Annual report of lunatic asylums [Bombay] - 1912-1922
Year: 1912
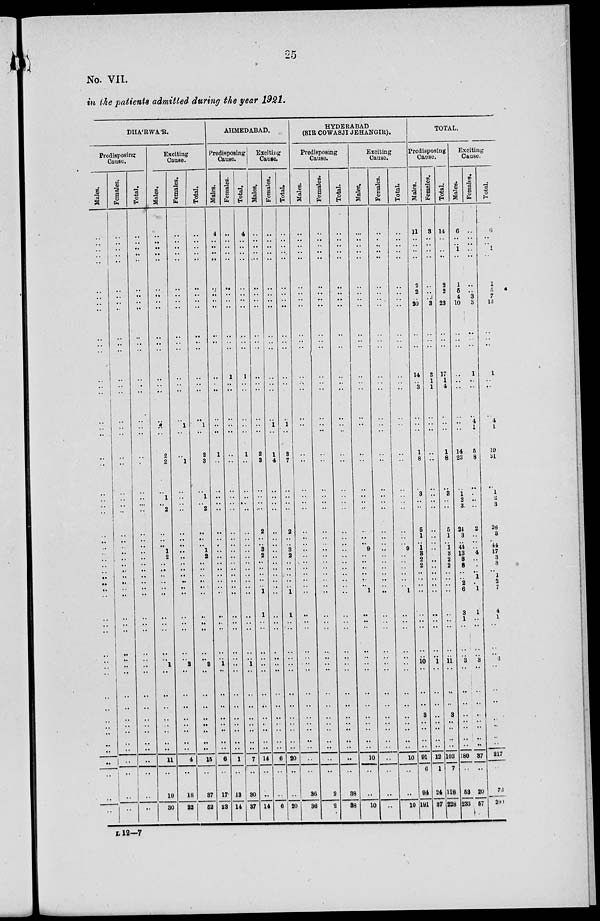
25
No. VII.
in the patients admitted during the year 1921.
DHÁRWÁR.
Predisposing
Cause.
Males.
..
..
..
..
..
..
..
..
..
..
..
..
..
..
..
..
..
..
..
..
..
..
..
..
..
..
..
..
..
..
..
.. ..
..
..
..
..
..
.. ..
..
..
..
..
..
..
..
..
..
..
..
..
Females.
..
..
..
..
..
..
..
..
..
..
..
..
..
..
..
..
..
..
..
..
..
..
..
..
..
..
..
..
..
..
..
..
..
..
..
..
..
..
.. ..
..
..
..
..
..
..
..
..
..
..
..
..
Total.
..
..
..
..
..
..
..
..
..
..
..
..
..
..
..
..
..
..
..
..
..
..
..
..
..
..
..
..
..
..
..
.. ..
..
..
..
..
..
.. ..
..
..
..
..
..
..
..
..
..
..
..
..
Exciting
Cause.
Males.
..
..
..
..
..
..
..
..
..
..
..
..
..
..
..
..
..
2
2
..
1
..
2
..
..
..
1
2
..
..
..
.. ..
..
..
..
..
..
..
1
..
..
..
..
..
..
..
..
11
..
19
30
Females.
..
..
..
..
..
..
..
..
..
..
..
..
..
..
..
1
..
..
1
..
..
..
..
..
..
..
..
..
..
..
..
..
..
..
..
..
..
..
..
2
..
..
..
..
..
..
..
..
4
..
18
22
Total.
..
..
..
..
..
..
..
..
..
..
..
..
..
..
..
1
..
2
3
..
1
..
2
..
..
.. 1
2
..
..
..
..
..
..
..
..
..
..
..
3
..
..
..
..
..
..
..
..
15
..
37
52
AHMEDABAD.
Predisposing
Cause.
Males.
4
..
..
..
..
..
..
..
..
..
..
..
..
..
..
..
..
1
..
..
..
..
..
..
..
..
..
..
..
..
..
..
..
..
..
..
..
..
.. 1
..
..
..
..
..
..
..
..
6
..
17
23
Females.
..
..
..
..
..
..
..
..
..
..
..
..
1
..
..
..
..
..
..
..
..
..
..
..
..
..
..
..
..
..
..
..
..
..
..
..
..
..
.. ..
..
..
..
..
..
..
..
..
1
..
13
14
Total.
4
..
..
..
..
..
..
..
..
..
..
..
1
..
..
..
..
1
..
..
..
..
..
..
..
..
..
..
..
..
..
..
..
..
..
..
..
..
.. 1
..
..
..
..
..
..
..
..
7
..
30
37
Exciting
Cause.
Males.
..
..
..
..
..
..
..
..
..
..
..
..
..
..
..
..
..
2
3
..
..
..
..
2
..
.. 3
2
..
..
..
..
..
1
1
..
..
..
..
..
..
..
..
..
..
..
..
..
14
..
..
14
Females.
..
..
..
..
..
..
..
..
..
..
..
..
..
..
..
1
..
1
4
..
..
..
..
..
..
..
..
..
..
..
..
..
..
..
..
..
..
..
..
..
..
..
..
..
..
..
..
..
6
..
..
6
Total.
..
..
..
..
..
..
..
..
..
..
..
..
..
..
..
1
..
3
7
..
..
..
..
2
..
.. 3
2
..
..
..
..
..
1
1
..
..
..
..
..
..
..
..
..
..
..
..
..
20
..
..
20
HYDERABAD
(SIR COWASJI JEHANGIR).
Predisposing
Cause.
Males.
..
..
..
..
..
..
..
..
..
..
..
..
..
..
..
..
..
..
..
..
..
..
..
..
..
.. ..
..
..
..
..
..
..
..
..
..
..
..
.. ..
..
..
..
..
..
..
..
..
..
..
36
36
Females.
..
..
..
..
..
..
..
..
..
..
..
..
..
..
..
..
..
..
..
..
..
..
..
..
..
..
..
..
..
..
..
.. ..
..
..
..
..
..
.. ..
..
..
..
..
..
..
..
..
..
..
2
2
Total.
..
..
..
..
..
..
..
..
..
..
..
..
..
..
..
..
..
..
..
..
..
..
..
..
..
..
..
..
..
..
..
..
..
..
..
..
..
..
.. ..
..
..
..
..
..
..
..
..
..
..
38
38
Exciting
Cause.
Males.
...
..
..
..
..
..
..
..
..
..
..
..
..
..
..
..
..
..
..
..
..
..
..
..
..
..
9
..
..
..
..
..
..
1
..
..
..
..
.. ..
..
..
..
..
..
..
..
..
10
..
..
10
Females.
..
..
..
..
..
..
..
..
..
..
..
..
..
..
..
..
..
..
..
..
..
..
..
..
..
..
..
..
..
..
..
..
..
..
..
..
..
..
.. ..
..
..
..
..
..
..
..
..
..
..
..
..
Total.
..
..
..
..
..
..
..
..
..
..
..
..
..
..
..
..
..
..
..
..
..
..
..
..
..
..
9
..
..
..
..
..
..
1
..
..
..
..
.. ..
..
..
..
..
..
..
..
..
10
..
..
10
TOTAL.
Predisposing
Cause.
Males.
11
..
..
..
..
2
2
..
20
..
..
..
14
..
3
..
..
1
8
..
3
..
..
5
1
.. 1
3
2
2
..
..
..
..
..
..
..
..
.. 10
..
..
..
3
..
..
..
..
91
6
94
191
Females.
3
..
..
..
..
..
..
..
3
..
..
..
3
1
1
..
..
..
..
..
..
..
..
..
..
.. ..
..
..
..
..
..
..
..
..
..
..
..
.. 1
..
..
..
..
..
..
..
..
12
1
24
37
Total.
14
..
..
..
..
2
2
..
23
..
..
..
17
1
4
..
..
1
8
..
3
..
..
5
1
.. 1
3
2
2
..
..
..
..
..
..
..
..
.. 11
..
..
..
3
..
..
..
..
103
7
118
228
Exciting
Cause.
Males.
6
..
..
1
..
1
5
4
10
..
..
..
..
..
..
..
..
14
23
..
1
2
3
24
3
.. 44
13
3
8
..
..
2
6
3
1
..
..
.. 3
..
..
..
..
..
..
..
..
180
..
53
233
Females.
..
..
..
..
..
..
..
3
3
..
..
..
1
..
..
4
1
5
8
..
..
..
..
2
..
..
..
4
..
..
..
1
..
1
1
..
..
..
.. 3
..
..
..
..
..
..
..
..
37
..
20
57
Total.
6
..
..
1
..
1
5
7
13
..
..
..
1
..
..
4
1
19
31
..
1
2
3
26
3
.. 44
17
3
8
..
1
2
7
4
1
..
..
..
6
..
..
..
..
..
..
..
..
217
..
73
290
L 12—7